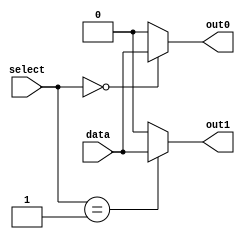
module demultiplexer(input wire data, input wire [1:0] select, output reg out0, output reg out1);

always @ (select)
begin
    case (select)
        2'b00: begin
            out0 = data;
            out1 = 1'b0;
        end
        2'b01: begin
            out0 = 1'b0;
            out1 = data;
        end
        default: begin
            out0 = 1'b0;
            out1 = 1'b0;
        end
    endcase
end

endmodule